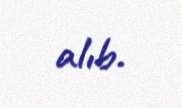
alıb.